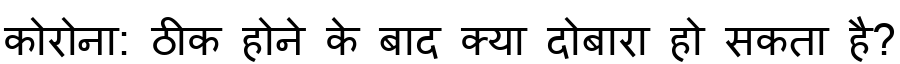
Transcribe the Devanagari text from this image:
कोरोना: ठीक होने के बाद क्या दोबारा हो सकता है?